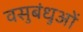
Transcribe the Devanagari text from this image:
वसुबंधुओं